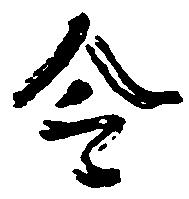
令